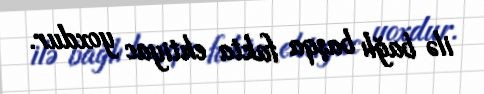
ilə bağlı başqa fakta ehtiyac yoxdur.